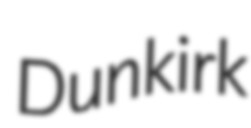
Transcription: Dunkirk